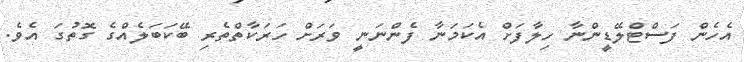
އެހެން ފަސްޓްލޭޑީންނާ ހިލާފަށް އެކަމަނާ ފެންނަނީ ވަރަށް ހަރަކާތްތެރި ބޭކަބަލެއްގެ ގޮތުގަ އެވެ.